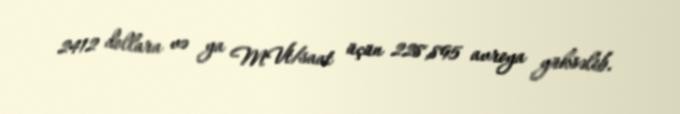
2412 dollara və ya MVt/saat üçün 228,895 avroya yüksəlib.